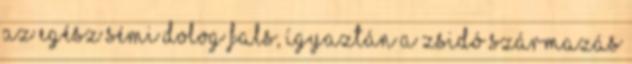
az egész sémi dolog fals, ígyaztán a zsidó származás